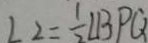
\angle 2 = \frac { 1 } { 2 } \angle B P Q